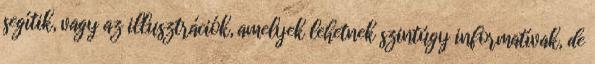
segítik, vagy az illusztrációk, amelyek lehetnek szintúgy informatívak, de